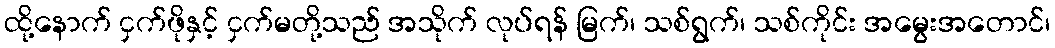
ထို့နောက် ငှက်ဖိုနှင့် ငှက်မတို့သည် အသိုက် လုပ်ရန် မြက်၊ သစ်ရွက်၊ သစ်ကိုင်း အမွေးအတောင်၊